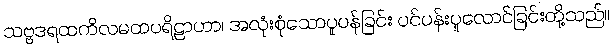
သဗ္ဗဒရထကိလမထပရိဠာဟာ၊ အလုံးစုံသောပူပန်ခြင်း ပင်ပန်းပူလောင်ခြင်းတို့သည်။